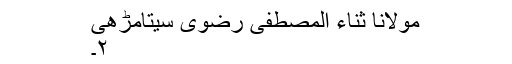
مولانا ثناء المصطفیٰ رضوی سیتامڑھی
۲۔